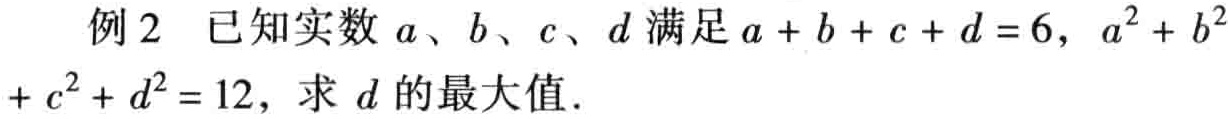
例2 已知实数\(a、b、c、d\)满足\(a + b + c + d = 6\)，\(a^{2} + b^{2}+ c^{2} + d^{2} = 12\)，求 \(d\)的最大值．